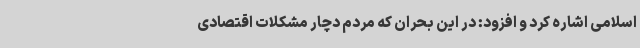
اسلامی اشاره کرد و افزود: در این بحران که مردم دچار مشکلات اقتصادی